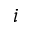
i